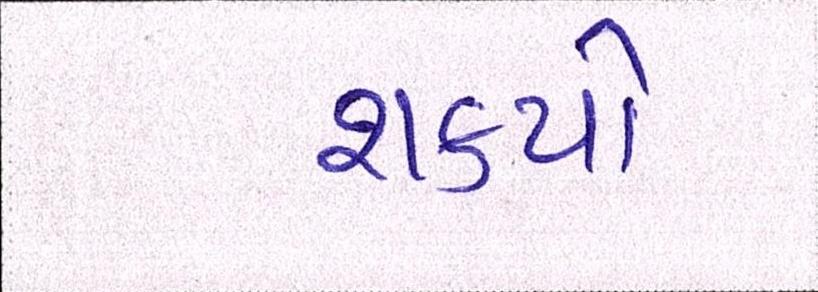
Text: શક્યો